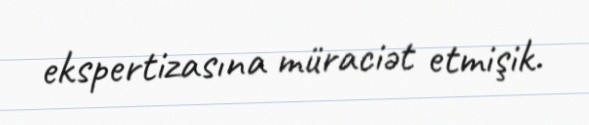
ekspertizasına müraciət etmişik.